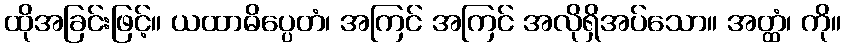
ထိုအခြင်းဖြင့်။ ယထာဓိပ္ပေတံ၊ အကြင် အကြင် အလိုရှိအပ်သော။ အတ္ထံ၊ ကို။